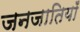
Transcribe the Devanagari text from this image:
जनजातियॉं